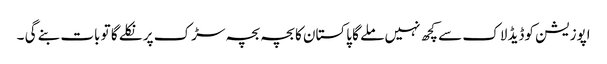
اپوزیشن کوڈیڈ لاک سے کچھ نہیں ملے گا پاکستان کا بچہ بچہ سڑک پر نکلے گا تو بات بنے گی ۔